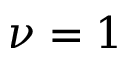
\nu = 1